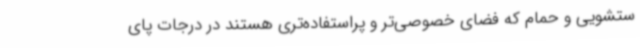
ستشویی و حمام که فضای خصوصی‌تر و پراستفاده‌تری هستند در درجات پای